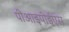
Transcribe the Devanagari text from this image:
पीआइपीईएस